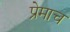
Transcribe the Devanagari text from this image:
प्रेमाच